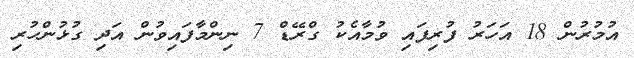
އުމުރުން 18 އަހަރު ފުރިފައި ވުމާއެކު ގްރޭޑް 7 ނިންމާފައިވުން އަދި ގުޅުންހުރި